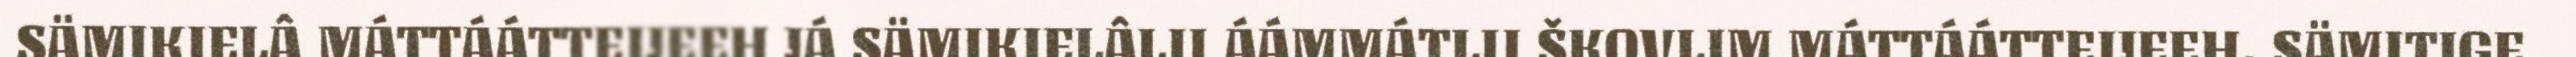
SÄMIKIELÂ MÁTTÁÁTTEIJEEH JÁ SÄMIKIELÂLII ÁÁMMÁTLII ŠKOVLIM MÁTTÁÁTTEIJEEH. SÄMITIGE